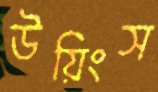
উয়িংস